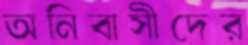
অনিবাসীদের